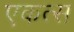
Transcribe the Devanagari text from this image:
एकत्स